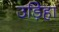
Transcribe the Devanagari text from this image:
उड़िहा